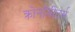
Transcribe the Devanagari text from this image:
क्रोनॉमीटर्स